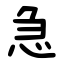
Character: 急